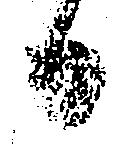
日